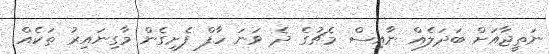
ނަތީޖާއަށް ބަދަލެއް ނާއިސް މެޗުގެ ދެ ވަނަ ހާފް ފެށިގެން މާގިނައިރު ތަކެއް